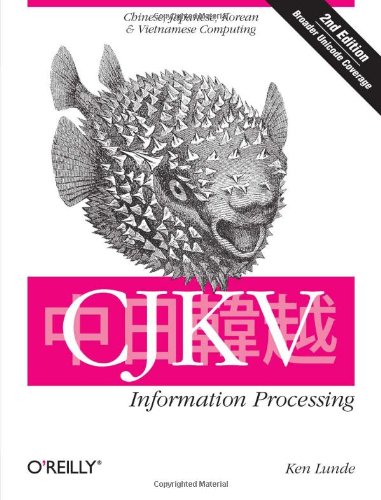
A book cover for CJKV Information Processing: Chinese, Japanese, Korean & Vietnamese Computing; Ken Lunde; Computers & Technology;